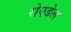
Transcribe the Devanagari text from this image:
रोएडेल